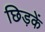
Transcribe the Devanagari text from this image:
छिड़कें